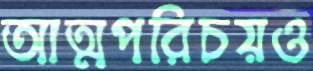
আত্মপরিচয়ও